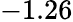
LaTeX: -1.26